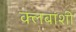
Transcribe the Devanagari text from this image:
क्लबांशी